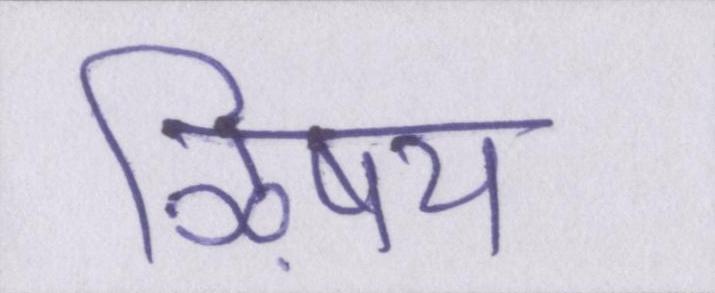
ऴिषय